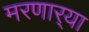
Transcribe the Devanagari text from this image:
मरणार्‍या